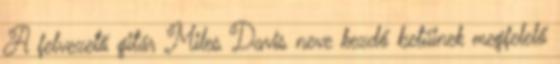
A felvezető gitár Miles Davis neve kezdő betűinek megfelelő